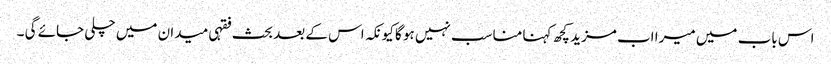
اس باب میں میرا اب مزید کچھ کہنا مناسب نہیں ہو گا کیونکہ اس کے بعد بحث فقہی میدان میں چلی جائے گی ۔